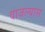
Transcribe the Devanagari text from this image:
वाजल्यास